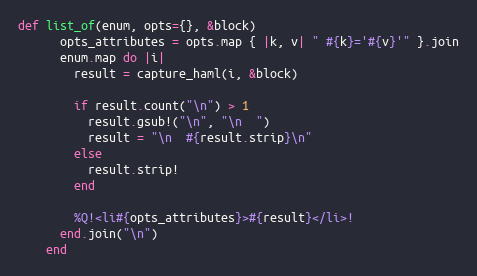
Language: Ruby
def list_of(enum, opts={}, &block)
      opts_attributes = opts.map { |k, v| " #{k}='#{v}'" }.join
      enum.map do |i|
        result = capture_haml(i, &block)

        if result.count("\n") > 1
          result.gsub!("\n", "\n  ")
          result = "\n  #{result.strip}\n"
        else
          result.strip!
        end

        %Q!<li#{opts_attributes}>#{result}</li>!
      end.join("\n")
    end